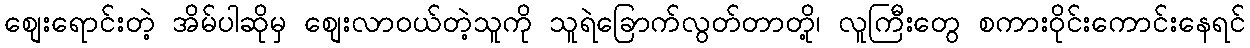
စျေးရောင်းတဲ့ အိမ်ပါဆိုမှ စျေးလာဝယ်တဲ့သူကို သူရဲခြောက်လွတ်တာတို့၊ လူကြီးတွေ စကားဝိုင်းကောင်းနေရင်